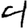
Digit: 4